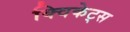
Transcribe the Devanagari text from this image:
क्विकेट्स